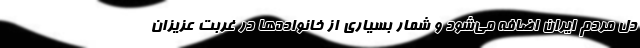
دل مردم ایران اضافه می‌شود و شمار بسیاری از خانواده‌ها در غربت عزیزان